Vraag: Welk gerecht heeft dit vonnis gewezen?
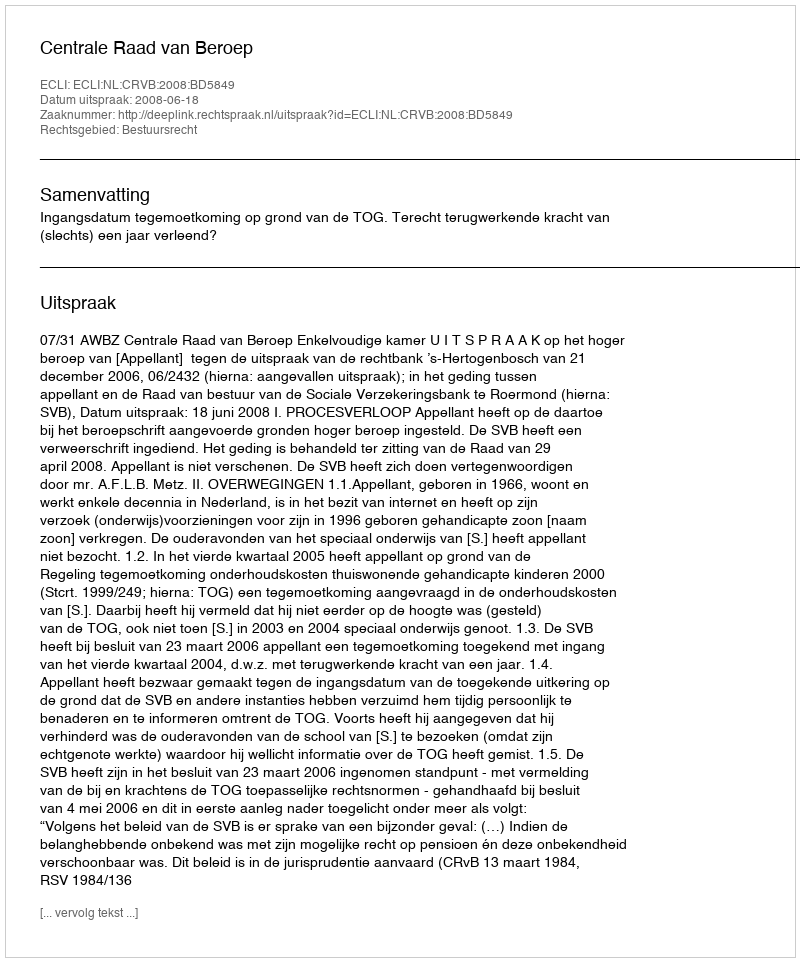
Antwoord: Centrale Raad van Beroep